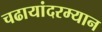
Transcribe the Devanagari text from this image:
चढायांदरम्यान